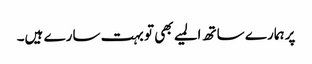
پر ہمارے ساتھ المیے بھی تو بہت سارے ہیں۔